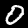
Label: 0